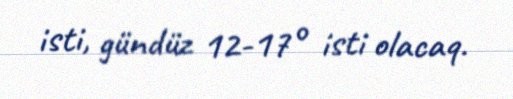
isti, gündüz 12-17° isti olacaq.